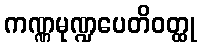
ကဏ္ဏမုဏ္ဍပေတိဝတ္ထု